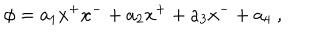
\phi = a _ { 1 } x ^ { + } x ^ { - } + a _ { 2 } x ^ { + } + a _ { 3 } x ^ { - } + a _ { 4 } \ ,